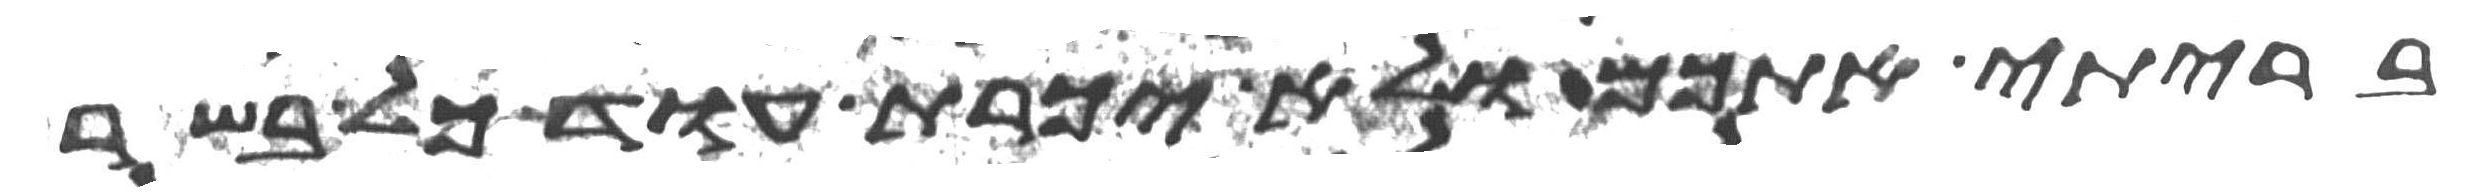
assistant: בריתי אתכם ולא יכרת עוד כל בשר